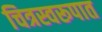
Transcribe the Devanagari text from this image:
चित्रस्वरूपात